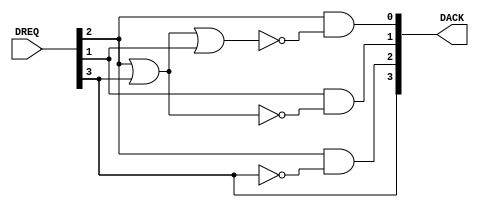
module FP(DREQ,DACK);
input [3:0] DREQ;
output [3:0] DACK;
assign DACK[3]=DREQ[3];//Highesh priority
assign DACK[2]=DREQ[2]&&!(DREQ[3]);
assign DACK[1]=DREQ[1]&&!(DREQ[2]||DREQ[3]);
assign DACK[0]=DREQ[2]&&!(DREQ[3]||DREQ[2]||DREQ[1]);
endmodule